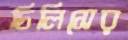
চিলিসের